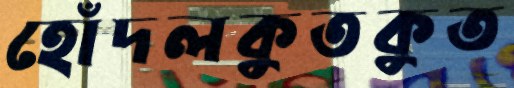
হোঁদলকুতকুত